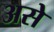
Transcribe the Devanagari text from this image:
असेे